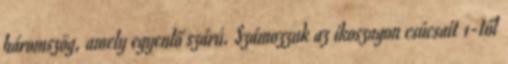
háromszög, amely egyenlő szárú. Számozzuk az ikoszagon csúcsait 1-től